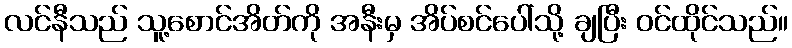
လင်နီသည် သူ့စောင်အိတ်ကို အနီးမှ အိပ်စင်ပေါ်သို့ ချပြီး ဝင်ထိုင်သည်။